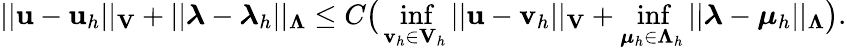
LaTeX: ||{\mathbf u}-{\mathbf u}_{h}||_{\mathbf V}+||\boldsymbol\lambda-\boldsymbol\lambda_{h}||_{\boldsymbol\Lambda}\le C\big(\operatorname*{inf}_{{\mathbf v}_{h}\in{\mathbf V}_{h}}||{\mathbf u}-{\mathbf v}_{h}||_{\mathbf V}+\operatorname*{inf}_{\boldsymbol\mu_{h}\in\boldsymbol\Lambda_{h}}||\boldsymbol\lambda-\boldsymbol\mu_{h}||_{\boldsymbol\Lambda}\big).